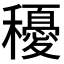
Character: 𥣯